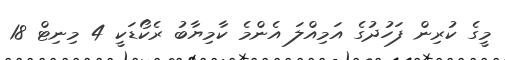
މީގެ ކުރިން ފަހުދުގެ އަމިއްލަ އެންމެ ކާމިޔާބު ރެކޯޑަކީ 4 މިނިޓް 18